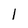
Character: l